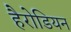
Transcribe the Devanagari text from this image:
हैरोडियन